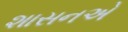
શાસનએ